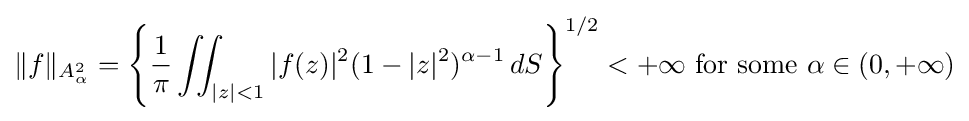
\|f\|_{A_{\alpha }^{2}}=\left\{{\frac {1}{\pi }}\iint _{|z|<1}|f(z)|^{2}(1-|z|^{2})^{\alpha -1}\,dS\right\}^{1/2}<+\infty {\text{ for some }}\alpha \in (0,+\infty )